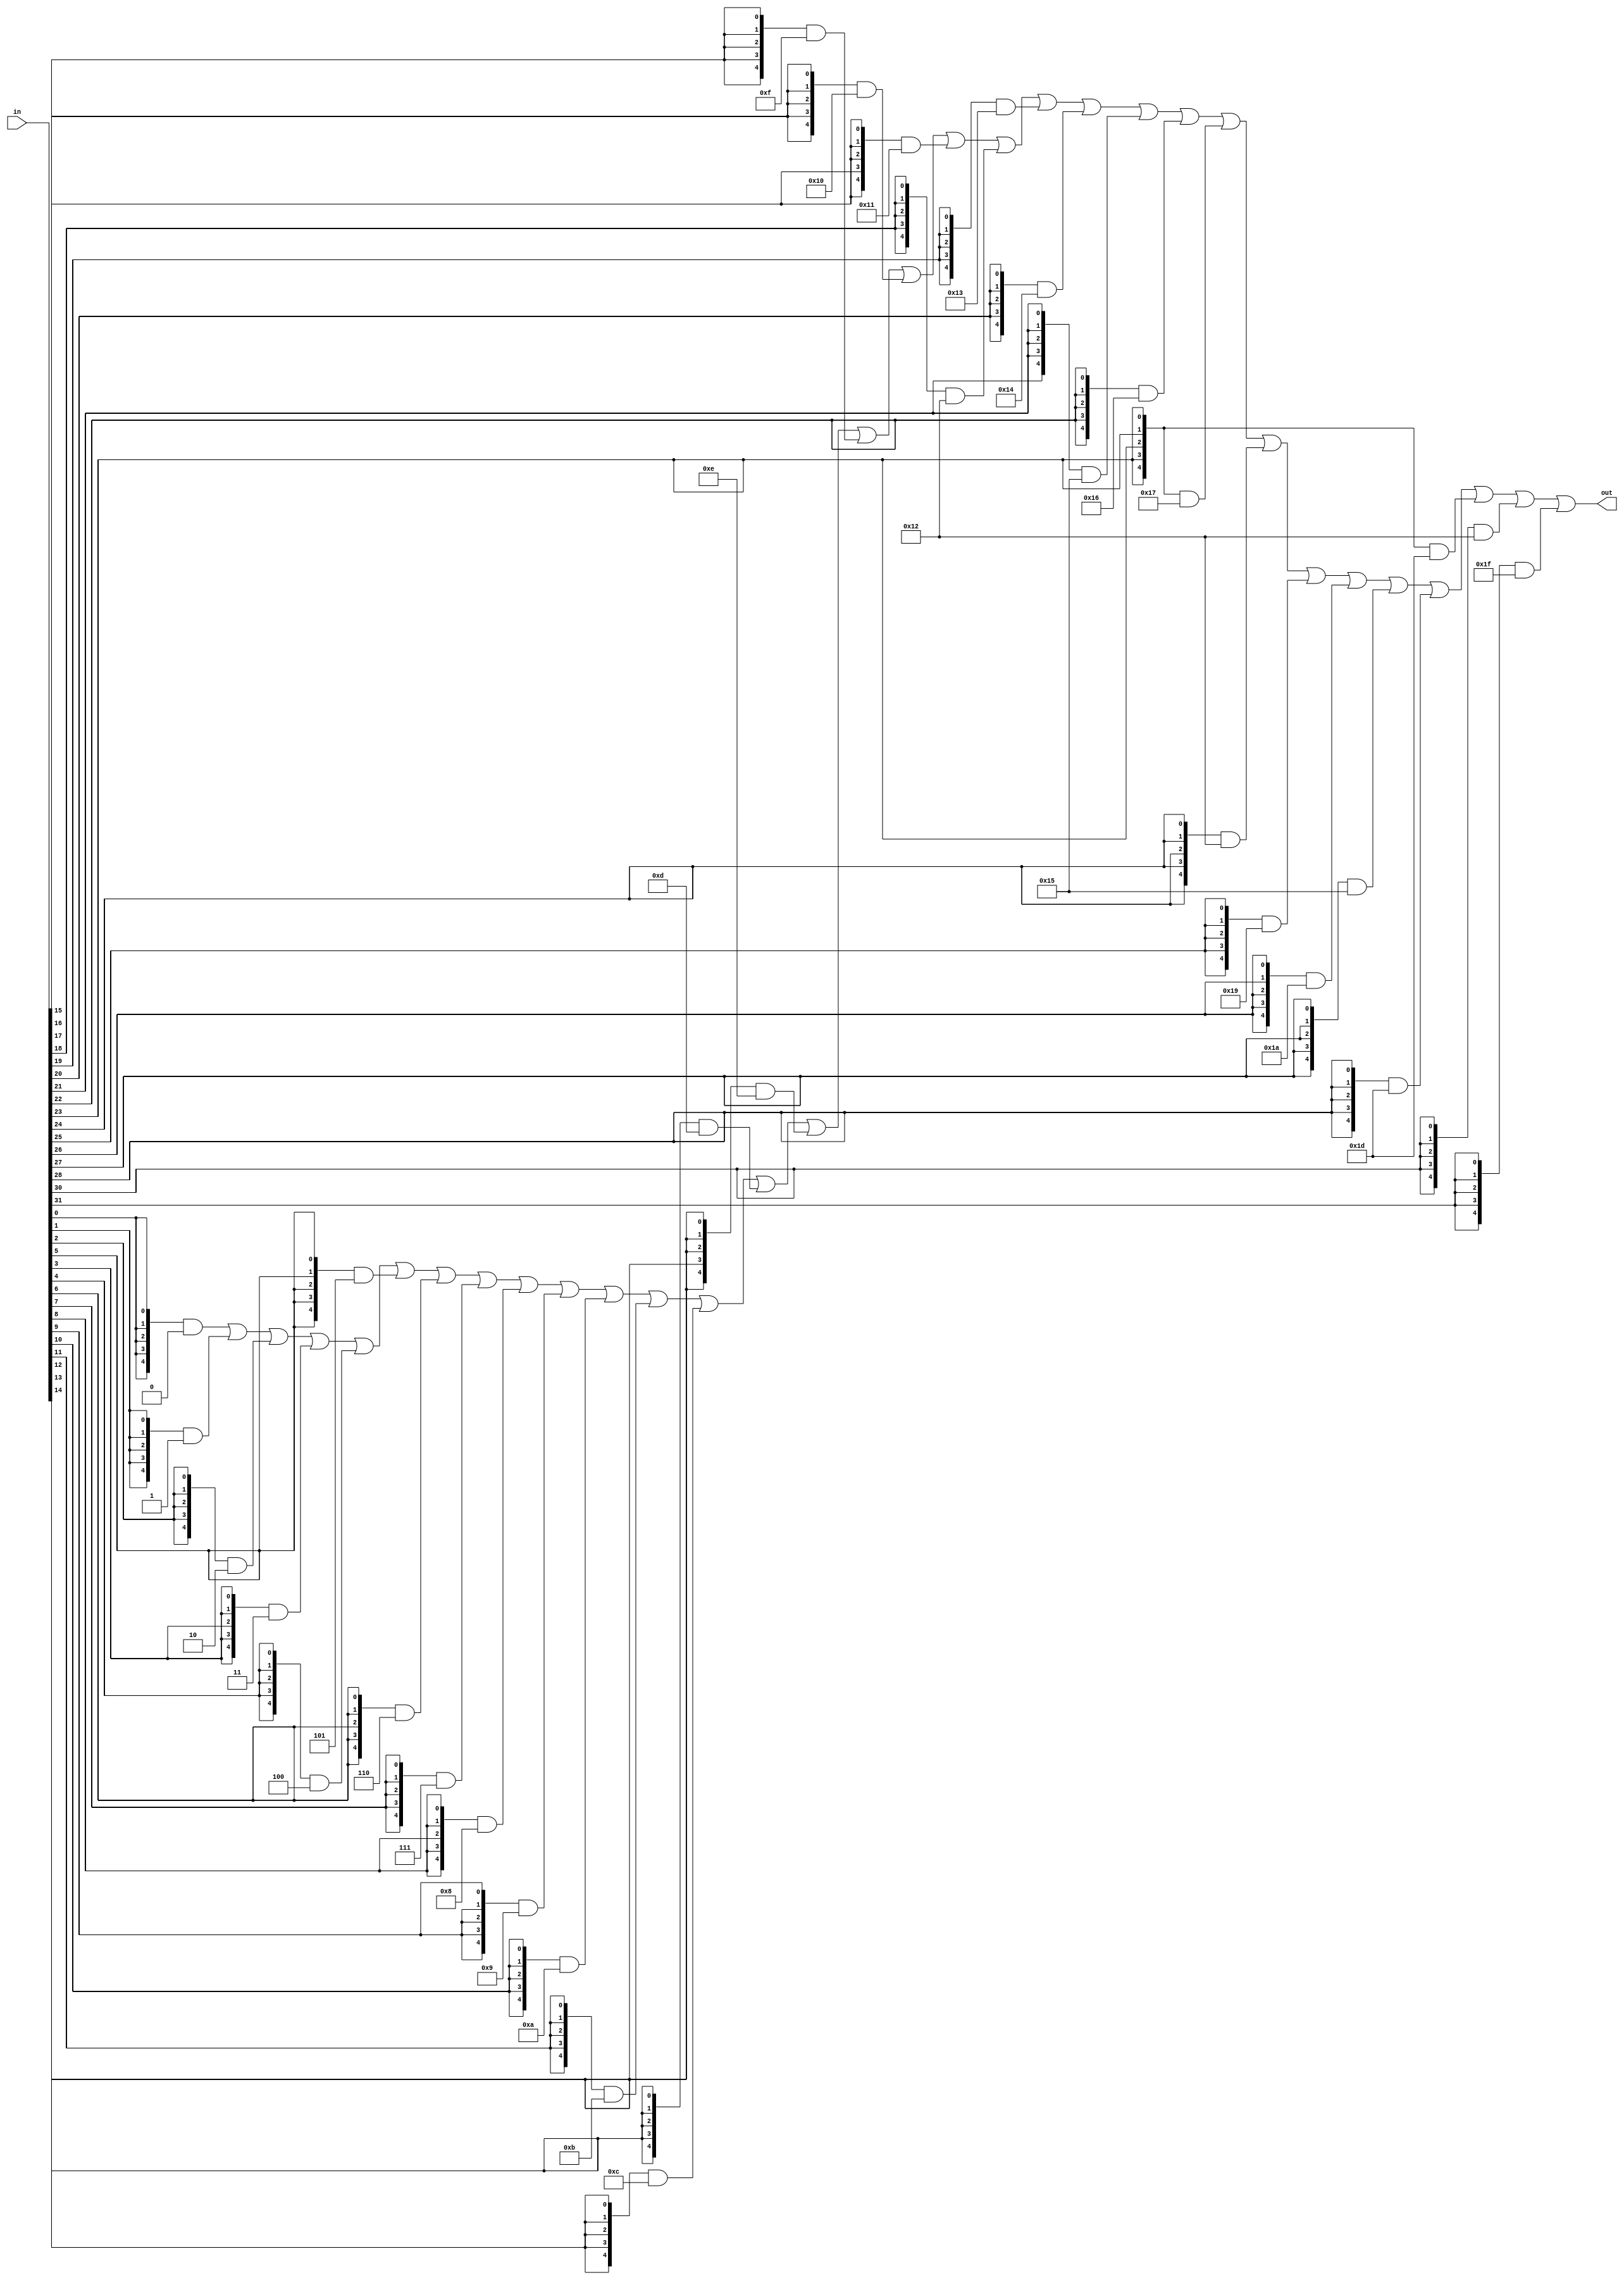
module encoder_32_5(
    input  [31:0] in,
    output [ 4:0] out
);
    assign out = ({5{in[ 0]}} & 5'd0)  | ({5{in[ 1]}} & 5'd1)  | ({5{in[ 2]}} & 5'd2)  |
                 ({5{in[ 3]}} & 5'd3)  | ({5{in[ 4]}} & 5'd4)  | ({5{in[ 5]}} & 5'd5)  |
                 ({5{in[ 6]}} & 5'd6)  | ({5{in[ 7]}} & 5'd7)  | ({5{in[ 8]}} & 5'd8)  |
                 ({5{in[ 9]}} & 5'd9)  | ({5{in[10]}} & 5'd10) | ({5{in[11]}} & 5'd11) |
                 ({5{in[12]}} & 5'd12) | ({5{in[13]}} & 5'd13) | ({5{in[14]}} & 5'd14) |
                 ({5{in[15]}} & 5'd15) | ({5{in[16]}} & 5'd16) | ({5{in[17]}} & 5'd17) |
                 ({5{in[18]}} & 5'd18) | ({5{in[19]}} & 5'd19) | ({5{in[20]}} & 5'd20) |
                 ({5{in[21]}} & 5'd21) | ({5{in[22]}} & 5'd22) | ({5{in[23]}} & 5'd23) |
                 ({5{in[24]}} & 5'd18) | ({5{in[25]}} & 5'd25) | ({5{in[26]}} & 5'd26) |
                 ({5{in[27]}} & 5'd21) | ({5{in[28]}} & 5'd29) | ({5{in[23]}} & 5'd29) |
                 ({5{in[30]}} & 5'd18) | ({5{in[31]}} & 5'd31);
endmodule

module mmu(
    //input  [31:0] v_addr,
    input         clk,
    input         resetn,

    input  [ 4:0] index_min,
    input  [31:0] entryhi_min,
    input  [31:0] entrylo0_min,
    input  [31:0] entrylo1_min,
    input  [31:0] pagemask_min,

    output [31:0] index_mout,
    output [31:0] entryhi_mout,
    output [31:0] entrylo0_mout,
    output [31:0] entrylo1_mout,
    output [31:0] pagemask_mout,

    input         de_is_tlbr,
    input         de_is_tlbp,
    input         de_is_tlbwi
);

    reg [89:0] tlb_file [31:0];

    always @(posedge clk) begin
    	if (~resetn) begin
    		tlb_file[0] <= 90'b0;
    		tlb_file[1] <= 90'b0;
    		tlb_file[2] <= 90'b0;
    		tlb_file[3] <= 90'b0;
    		tlb_file[4] <= 90'b0;
    		tlb_file[5] <= 90'b0;
    		tlb_file[6] <= 90'b0;
    		tlb_file[7] <= 90'b0;
    		tlb_file[8] <= 90'b0;
    		tlb_file[9] <= 90'b0;
    		tlb_file[10] <= 90'b0;
    		tlb_file[11] <= 90'b0;
    		tlb_file[12] <= 90'b0;
    		tlb_file[13] <= 90'b0;
    		tlb_file[14] <= 90'b0;
    		tlb_file[15] <= 90'b0;
            tlb_file[16] <= 90'b0;
            tlb_file[17] <= 90'b0;
            tlb_file[18] <= 90'b0;
            tlb_file[19] <= 90'b0;
            tlb_file[20] <= 90'b0;
            tlb_file[21] <= 90'b0;
            tlb_file[22] <= 90'b0;
            tlb_file[23] <= 90'b0;
            tlb_file[24] <= 90'b0;
            tlb_file[25] <= 90'b0;
            tlb_file[26] <= 90'b0;
            tlb_file[27] <= 90'b0;
            tlb_file[28] <= 90'b0;
            tlb_file[29] <= 90'b0;
            tlb_file[30] <= 90'b0;
            tlb_file[31] <= 90'b0;
    	end
    	else if (de_is_tlbwi) begin
    		tlb_file[index_min] <= {entryhi_min[31:13], entryhi_min[7:0], pagemask_min[24:13],
    		                        entrylo0_min[0]&entrylo1_min[0], entrylo0_min[25:1], entrylo1_min[25:1]};
    	end
    end

    assign entryhi_mout = {32{de_is_tlbr}} & {tlb_file[index_min][89:71], 5'b0, tlb_file[index_min][70:63]};
    assign pagemask_mout = {32{de_is_tlbr}}& {7'b0, tlb_file[index_min][62:51], 13'b0};
    assign entrylo0_mout = {32{de_is_tlbr}}& {6'b0, tlb_file[index_min][49:25], tlb_file[index_min][50]};
    assign entrylo1_mout = {32{de_is_tlbr}}& {6'b0, tlb_file[index_min][24: 0], tlb_file[index_min][50]};

    wire [31:0] lkup_result_32;
    wire [ 4:0] lkup_result_5;
    assign lkup_result_32[0] = (tlb_file[0][89:71] == entryhi_min[31:13] ) &&
                               (tlb_file[0][62:51] == pagemask_min[24:13]) &&
                               (tlb_file[0][50] || tlb_file[0][70:63] == entryhi_min[7:0]);
    assign lkup_result_32[1] = (tlb_file[1][89:71] == entryhi_min[31:13] ) &&
                               (tlb_file[1][62:51] == pagemask_min[24:13]) &&
                               (tlb_file[1][50] || tlb_file[1][70:63] == entryhi_min[7:0]);
    assign lkup_result_32[2] = (tlb_file[2][89:71] == entryhi_min[31:13] ) &&
                               (tlb_file[2][62:51] == pagemask_min[24:13]) &&
                               (tlb_file[2][50] || tlb_file[2][70:63] == entryhi_min[7:0]);
    assign lkup_result_32[3] = (tlb_file[3][89:71] == entryhi_min[31:13] ) &&
                               (tlb_file[3][62:51] == pagemask_min[24:13]) &&
                               (tlb_file[3][50] || tlb_file[3][70:63] == entryhi_min[7:0]);
    assign lkup_result_32[4] = (tlb_file[4][89:71] == entryhi_min[31:13] ) &&
                               (tlb_file[4][62:51] == pagemask_min[24:13]) &&
                               (tlb_file[4][50] || tlb_file[4][70:63] == entryhi_min[7:0]);
    assign lkup_result_32[5] = (tlb_file[5][89:71] == entryhi_min[31:13] ) &&
                               (tlb_file[5][62:51] == pagemask_min[24:13]) &&
                               (tlb_file[5][50] || tlb_file[5][70:63] == entryhi_min[7:0]);
    assign lkup_result_32[6] = (tlb_file[6][89:71] == entryhi_min[31:13] ) &&
                               (tlb_file[6][62:51] == pagemask_min[24:13]) &&
                               (tlb_file[6][50] || tlb_file[6][70:63] == entryhi_min[7:0]);
    assign lkup_result_32[7] = (tlb_file[7][89:71] == entryhi_min[31:13] ) &&
                               (tlb_file[7][62:51] == pagemask_min[24:13]) &&
                               (tlb_file[7][50] || tlb_file[7][70:63] == entryhi_min[7:0]);
    assign lkup_result_32[8] = (tlb_file[8][89:71] == entryhi_min[31:13] ) &&
                               (tlb_file[8][62:51] == pagemask_min[24:13]) &&
                               (tlb_file[8][50] || tlb_file[8][70:63] == entryhi_min[7:0]);
    assign lkup_result_32[9] = (tlb_file[9][89:71] == entryhi_min[31:13] ) &&
                               (tlb_file[9][62:51] == pagemask_min[24:13]) &&
                               (tlb_file[9][50] || tlb_file[9][70:63] == entryhi_min[7:0]);
    assign lkup_result_32[10] =(tlb_file[10][89:71] == entryhi_min[31:13] ) &&
                               (tlb_file[10][62:51] == pagemask_min[24:13]) &&
                               (tlb_file[10][50] || tlb_file[10][70:63] == entryhi_min[7:0]);
    assign lkup_result_32[11] =(tlb_file[11][89:71] == entryhi_min[31:13] ) &&
                               (tlb_file[11][62:51] == pagemask_min[24:13]) &&
                               (tlb_file[11][50] || tlb_file[11][70:63] == entryhi_min[7:0]);
    assign lkup_result_32[12] =(tlb_file[12][89:71] == entryhi_min[31:13] ) &&
                               (tlb_file[12][62:51] == pagemask_min[24:13]) &&
                               (tlb_file[12][50] || tlb_file[12][70:63] == entryhi_min[7:0]);
    assign lkup_result_32[13] =(tlb_file[13][89:71] == entryhi_min[31:13] ) &&
                               (tlb_file[13][62:51] == pagemask_min[24:13]) &&
                               (tlb_file[13][50] || tlb_file[13][70:63] == entryhi_min[7:0]);
    assign lkup_result_32[14] =(tlb_file[14][89:71] == entryhi_min[31:13] ) &&
                               (tlb_file[14][62:51] == pagemask_min[24:13]) &&
                               (tlb_file[14][50] || tlb_file[14][70:63] == entryhi_min[7:0]);
    assign lkup_result_32[15] =(tlb_file[15][89:71] == entryhi_min[31:13] ) &&
                               (tlb_file[15][62:51] == pagemask_min[24:13]) &&
                               (tlb_file[15][50] || tlb_file[15][70:63] == entryhi_min[7:0]);
    assign lkup_result_32[16] =(tlb_file[16][89:71] == entryhi_min[31:13] ) &&
                               (tlb_file[16][62:51] == pagemask_min[24:13]) &&
                               (tlb_file[16][50] || tlb_file[16][70:63] == entryhi_min[7:0]);
    assign lkup_result_32[17] =(tlb_file[17][89:71] == entryhi_min[31:13] ) &&
                               (tlb_file[17][62:51] == pagemask_min[24:13]) &&
                               (tlb_file[17][50] || tlb_file[17][70:63] == entryhi_min[7:0]);
    assign lkup_result_32[18] =(tlb_file[18][89:71] == entryhi_min[31:13] ) &&
                               (tlb_file[18][62:51] == pagemask_min[24:13]) &&
                               (tlb_file[18][50] || tlb_file[18][70:63] == entryhi_min[7:0]);
    assign lkup_result_32[19] =(tlb_file[19][89:71] == entryhi_min[31:13] ) &&
                               (tlb_file[19][62:51] == pagemask_min[24:13]) &&
                               (tlb_file[19][50] || tlb_file[19][70:63] == entryhi_min[7:0]);
    assign lkup_result_32[20] =(tlb_file[20][89:71] == entryhi_min[31:13] ) &&
                               (tlb_file[20][62:51] == pagemask_min[24:13]) &&
                               (tlb_file[20][50] || tlb_file[20][70:63] == entryhi_min[7:0]);
    assign lkup_result_32[21] =(tlb_file[21][89:71] == entryhi_min[31:13] ) &&
                               (tlb_file[21][62:51] == pagemask_min[24:13]) &&
                               (tlb_file[21][50] || tlb_file[21][70:63] == entryhi_min[7:0]);
    assign lkup_result_32[22] =(tlb_file[22][89:71] == entryhi_min[31:13] ) &&
                               (tlb_file[22][62:51] == pagemask_min[24:13]) &&
                               (tlb_file[22][50] || tlb_file[22][70:63] == entryhi_min[7:0]);
    assign lkup_result_32[23] =(tlb_file[23][89:71] == entryhi_min[31:13] ) &&
                               (tlb_file[23][62:51] == pagemask_min[24:13]) &&
                               (tlb_file[23][50] || tlb_file[23][70:63] == entryhi_min[7:0]);
    assign lkup_result_32[24] =(tlb_file[24][89:71] == entryhi_min[31:13] ) &&
                               (tlb_file[24][62:51] == pagemask_min[24:13]) &&
                               (tlb_file[24][50] || tlb_file[24][70:63] == entryhi_min[7:0]);
    assign lkup_result_32[25] =(tlb_file[25][89:71] == entryhi_min[31:13] ) &&
                               (tlb_file[25][62:51] == pagemask_min[24:13]) &&
                               (tlb_file[25][50] || tlb_file[25][70:63] == entryhi_min[7:0]);
    assign lkup_result_32[26] =(tlb_file[26][89:71] == entryhi_min[31:13] ) &&
                               (tlb_file[26][62:51] == pagemask_min[24:13]) &&
                               (tlb_file[26][50] || tlb_file[26][70:63] == entryhi_min[7:0]);
    assign lkup_result_32[27] =(tlb_file[27][89:71] == entryhi_min[31:13] ) &&
                               (tlb_file[27][62:51] == pagemask_min[24:13]) &&
                               (tlb_file[27][50] || tlb_file[27][70:63] == entryhi_min[7:0]);
    assign lkup_result_32[28] =(tlb_file[28][89:71] == entryhi_min[31:13] ) &&
                               (tlb_file[28][62:51] == pagemask_min[24:13]) &&
                               (tlb_file[28][50] || tlb_file[28][70:63] == entryhi_min[7:0]);
    assign lkup_result_32[29] =(tlb_file[29][89:71] == entryhi_min[31:13] ) &&
                               (tlb_file[29][62:51] == pagemask_min[24:13]) &&
                               (tlb_file[29][50] || tlb_file[29][70:63] == entryhi_min[7:0]);
    assign lkup_result_32[30] =(tlb_file[30][89:71] == entryhi_min[31:13] ) &&
                               (tlb_file[30][62:51] == pagemask_min[24:13]) &&
                               (tlb_file[30][50] || tlb_file[30][70:63] == entryhi_min[7:0]);
    assign lkup_result_32[31] =(tlb_file[31][89:71] == entryhi_min[31:13] ) &&
                               (tlb_file[31][62:51] == pagemask_min[24:13]) &&
                               (tlb_file[31][50] || tlb_file[31][70:63] == entryhi_min[7:0]);

    assign index_mout[31] = ~(|lkup_result_32);
    assign index_mout[30:5] = 26'b0;
    encoder_32_5 encoder_32_5_1(.in(lkup_result_32), .out(lkup_result_5));
    assign index_mout[4:0] = lkup_result_5;    

endmodule